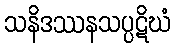
သနိဒဿနသပ္ပဋိဃံ